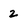
Character: 2